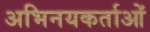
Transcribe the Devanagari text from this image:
अभिनयकर्ताओं